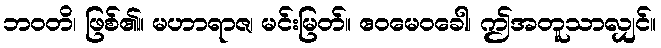
ဘဝတိ၊ ဖြစ်၏။ မဟာရာဇ၊ မင်းမြတ်။ ဧဝမေဝခေါ၊ ဤအတူသာလျှင်။